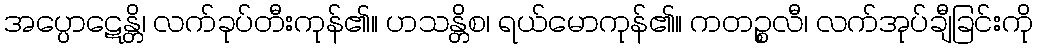
အပ္ပောဋေန္တိ၊ လက်ခုပ်တီးကုန်၏။ ဟသန္တိစ၊ ရယ်မောကုန်၏။ ကတဉ္စလီ၊ လက်အုပ်ချီခြင်းကို